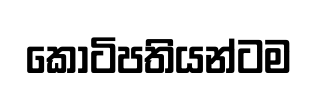
කෝටිපතියන්ටම